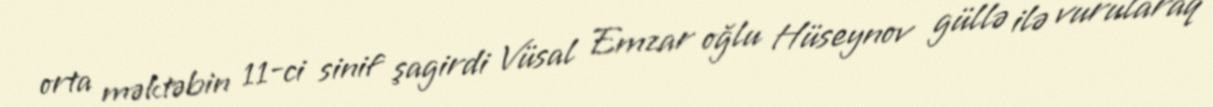
orta məktəbin 11-ci sinif şagirdi Vüsal Emzar oğlu Hüseynov güllə ilə vurularaq